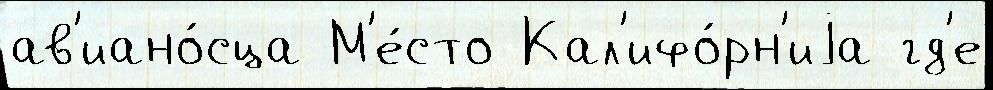
ав'иано́сца М'е́сто Кал'ифо́рн'иjа гд'е